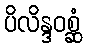
ပိလိန္ဒဝစ္ဆံ